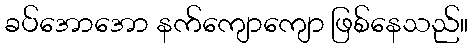
ခပ်အောအော နက်ကျောကျော ဖြစ်နေသည်။